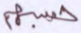
حسبهم